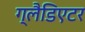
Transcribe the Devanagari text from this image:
ग्‍लैडिएटर